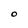
Character: O